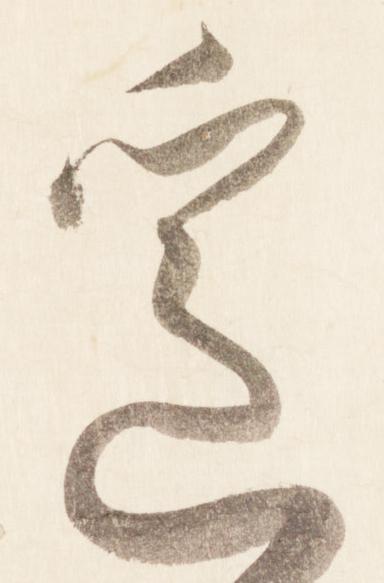
遥